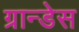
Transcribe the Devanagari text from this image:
ग्रान्डेस